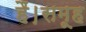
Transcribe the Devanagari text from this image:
हैं।समूह